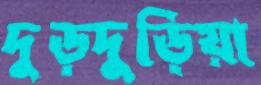
দুড়দুড়িয়া